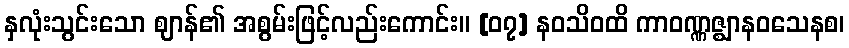
နှလုံးသွင်းသော ဈာန်၏ အစွမ်းဖြင့်လည်းကောင်း။ [၀၇] နဝသိဝထိ ကာဝဏ္ဏဇ္ဈာနဝသေနစ၊